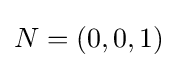
N=(0,0,1)